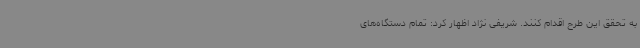
به تحقق این طرح اقدام‌ کنند. شریفی نژاد اظهار کرد: تمام دستگاه‌های